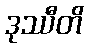
ဒုဿီတိ